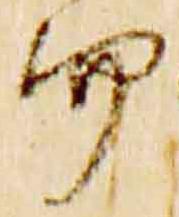
而